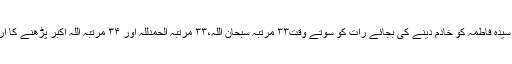
’’توآپؐ نے سیدہ فاطمہ کو خادم دینے کی بجائے رات کو سوتے وقت۳۳ مرتبہ سبحان اللہ،۳۳ مرتبہ الحمدللہ اور ۳۴ مرتبہ اللہ اکبر پڑھنے کا ارشاد فرمایا۔